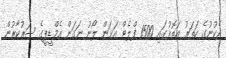
ދެކުނުގެ ހަތަރު އަތޮޅުގައި 1500 ފްލެޓް އަޅަން ލޯނު ނަގަން އެމްޑީޕީގެ ސަރުކާރުން